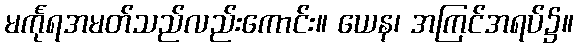
မင်္ကုရအမတ်သည်လည်းကောင်း။ ယေန၊ အကြင်အရပ်၌။